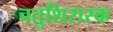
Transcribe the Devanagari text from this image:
चतुशिरास्क